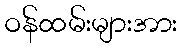
ဝန်ထမ်းများအား